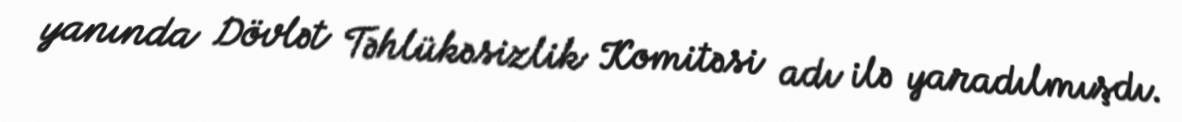
yanında Dövlət Təhlükəsizlik Komitəsi adı ilə yaradılmışdı.